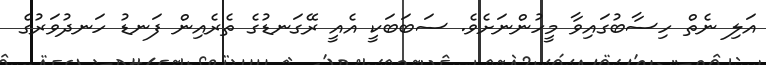
އަލި ނެތް ހިސާބުގައިވާ މީހުންނަށެވެ. ސަބަބަކީ އެއީ ރޭގަނޑުގެ ތެރެއިން ފަނޑު ހަނދުވަރުގެ